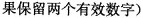
果保留两个有效数字)